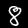
Label: 8